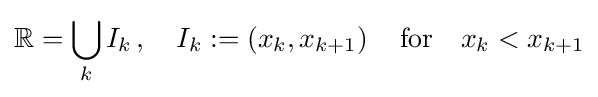
\mathbb {R} =\bigcup _{k}I_{k}\,,\quad I_{k}:=\left(x_{k},x_{k+1}\right)\quad {\text{for}}\quad x_{k}<x_{k+1}